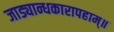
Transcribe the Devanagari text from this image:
जाड्यान्धकारापहाम्‌॥